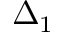
\Delta _ { 1 }